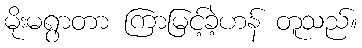
မိုးမရွာတာ ကြာမြင့်ခဲ့ဟန် တူသည်။